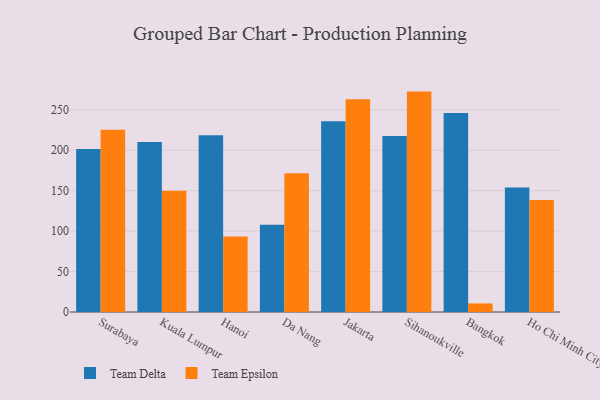
{"axis": {"x": "City", "y": "Satisfaction Score"}, "legend": ["Team Delta", "Team Epsilon"], "data": [{"x": "Surabaya", "y": 201.6, "type": "Team Delta"}, {"x": "Surabaya", "y": 225.3, "type": "Team Epsilon"}, {"x": "Kuala Lumpur", "y": 210.3, "type": "Team Delta"}, {"x": "Kuala Lumpur", "y": 149.9, "type": "Team Epsilon"}, {"x": "Hanoi", "y": 218.6, "type": "Team Delta"}, {"x": "Hanoi", "y": 93.4, "type": "Team Epsilon"}, {"x": "Da Nang", "y": 107.9, "type": "Team Delta"}, {"x": "Da Nang", "y": 171.7, "type": "Team Epsilon"}, {"x": "Jakarta", "y": 235.8, "type": "Team Delta"}, {"x": "Jakarta", "y": 263.0, "type": "Team Epsilon"}, {"x": "Sihanoukville", "y": 217.6, "type": "Team Delta"}, {"x": "Sihanoukville", "y": 272.5, "type": "Team Epsilon"}, {"x": "Bangkok", "y": 246.1, "type": "Team Delta"}, {"x": "Bangkok", "y": 10.6, "type": "Team Epsilon"}, {"x": "Ho Chi Minh City", "y": 154.0, "type": "Team Delta"}, {"x": "Ho Chi Minh City", "y": 138.4, "type": "Team Epsilon"}]}